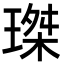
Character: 㻧